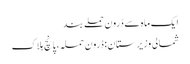
ایک ماہ سے ڈرون حملے بند
شمالی وزیرستان: ڈرون حملہ، پانچ ہلاک